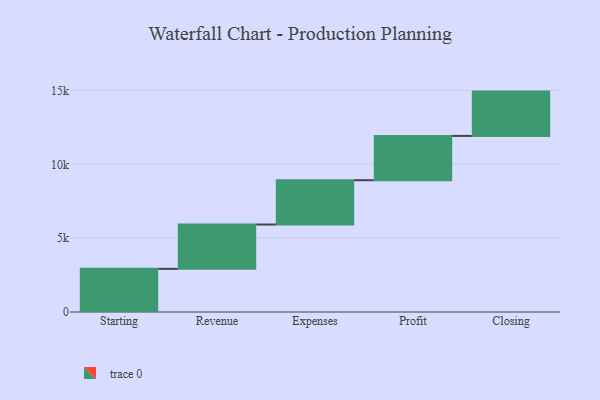
{"axis": {"x": "Step", "y": "Value"}, "legend": [""], "data": [{"x": "Starting", "y": 2923.0, "type": ""}, {"x": "Revenue", "y": 3000, "type": ""}, {"x": "Expenses", "y": 3000, "type": ""}, {"x": "Profit", "y": 3000, "type": ""}, {"x": "Closing", "y": 3000, "type": ""}]}